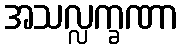
အသလ္လက္ခဏာ